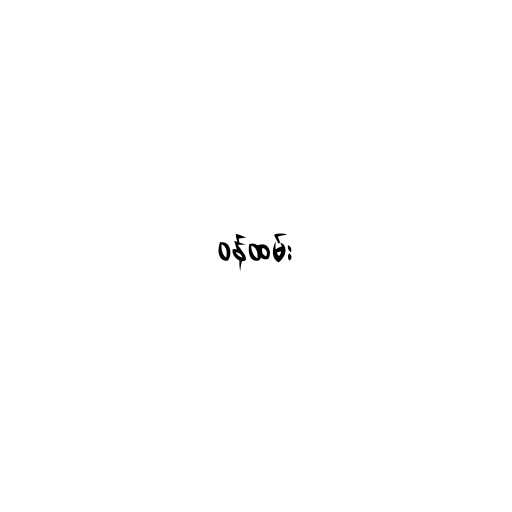
ဝန်ထမ်း